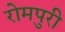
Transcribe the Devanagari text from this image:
रोमपुरी